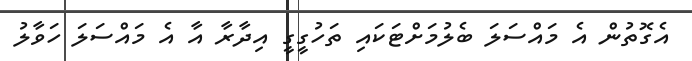
އެގޮތުން އެ މައްސަލަ ބެލުމަށްޓަކައި ތަހުގީގީ އިދާރާ އާ އެ މައްސަލަ ހަވާލު